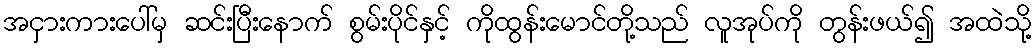
အငှားကားပေါ်မှ ဆင်းပြီးနောက် စွမ်းပိုင်နှင့် ကိုထွန်းမောင်တို့သည် လူအုပ်ကို တွန်းဖယ်၍ အထဲသို့